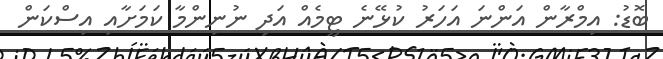
ބޮޑު: އިމްރާން އަންނަ އަހަރު ކުޅޭނެ ޓީމެއް އަދި ނުނިންމާ ކަމަށާއި އިސްކަން